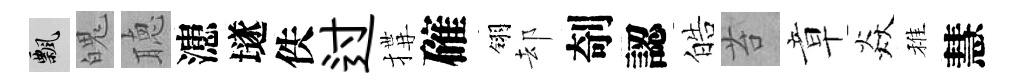
飄魄聴漶𡑞佚过搆確翎却剞認皓苔章焱稚慧